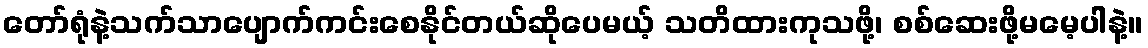
တော်ရုံနဲ့သက်သာပျောက်ကင်းစေနိုင်တယ်ဆိုပေမယ့် သတိထားကုသဖို့၊ စစ်ဆေးဖို့မမေ့ပါနဲ့။